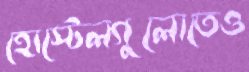
হোস্টেলগুলোতেও